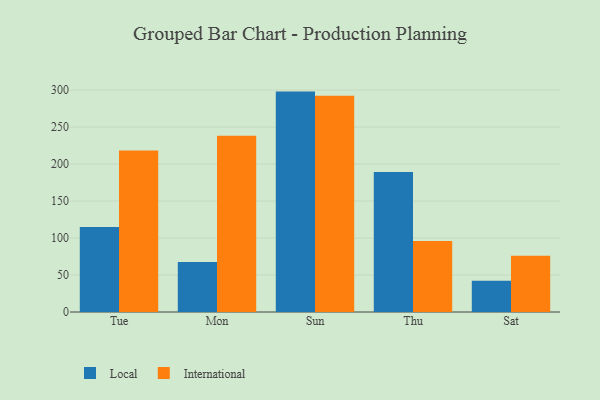
{"axis": {"x": "Day", "y": "Customer Acquisition Cost (USD)"}, "legend": ["International", "Local"], "data": [{"x": "Tue", "y": 114.8, "type": "Local"}, {"x": "Tue", "y": 218.3, "type": "International"}, {"x": "Mon", "y": 67.6, "type": "Local"}, {"x": "Mon", "y": 238.2, "type": "International"}, {"x": "Sun", "y": 298.0, "type": "Local"}, {"x": "Sun", "y": 292.4, "type": "International"}, {"x": "Thu", "y": 189.2, "type": "Local"}, {"x": "Thu", "y": 96.1, "type": "International"}, {"x": "Sat", "y": 42.4, "type": "Local"}, {"x": "Sat", "y": 76.2, "type": "International"}]}